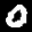
Label: 0